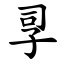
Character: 孠